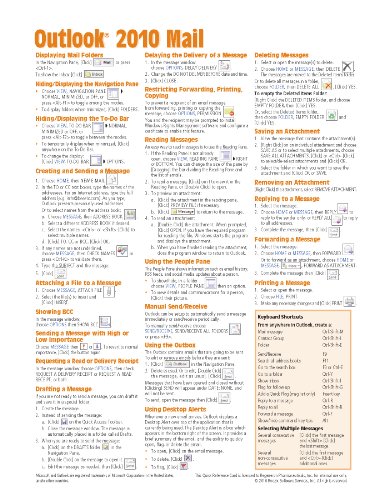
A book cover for Microsoft Outlook 2010 Mail Quick Reference Guide (Cheat Sheet of Instructions, Tips & Shortcuts - Laminated Card); Beezix Inc; Computers & Technology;